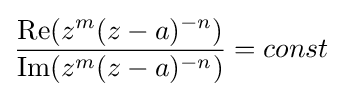
{\frac {\operatorname {Re} (z^{m}(z-a)^{-n})}{\operatorname {Im} (z^{m}(z-a)^{-n})}}=const